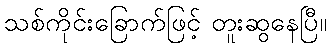
သစ်ကိုင်းခြောက်ဖြင့် တူးဆွနေပြီ။